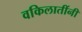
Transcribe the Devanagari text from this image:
वकिलातींनी